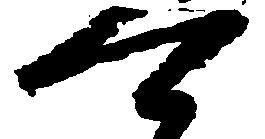
可